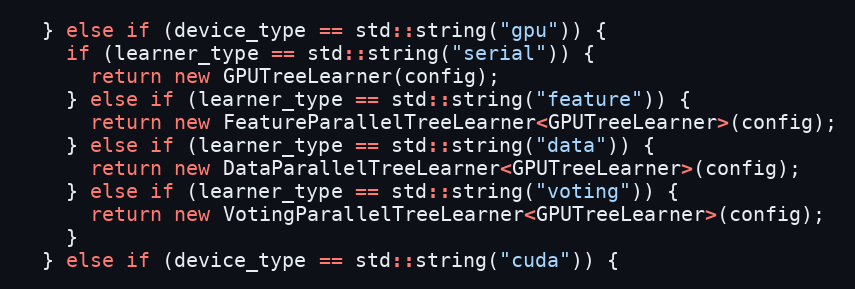
Language: C++
  } else if (device_type == std::string("gpu")) {
    if (learner_type == std::string("serial")) {
      return new GPUTreeLearner(config);
    } else if (learner_type == std::string("feature")) {
      return new FeatureParallelTreeLearner<GPUTreeLearner>(config);
    } else if (learner_type == std::string("data")) {
      return new DataParallelTreeLearner<GPUTreeLearner>(config);
    } else if (learner_type == std::string("voting")) {
      return new VotingParallelTreeLearner<GPUTreeLearner>(config);
    }
  } else if (device_type == std::string("cuda")) {